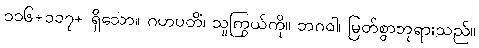
၁၁၆+၁၁၇+ ရှိသော။ ဂဟပတိံ၊ သူကြွယ်ကို။ ဘဂဝါ၊ မြတ်စွာဘုရားသည်။